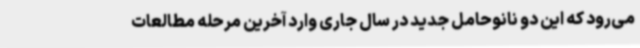
می‌رود که این دو نانوحامل جدید در سال جاری وارد آخرین مرحله مطالعات